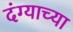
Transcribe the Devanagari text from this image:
दंग्याच्या